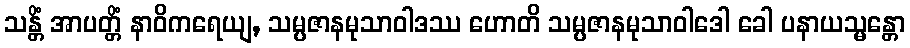
သန္တိံ အာပတ္တိံ နာဝိကရေယျ, သမ္ပဇာနမုသာဝါဒဿ ဟောတိ သမ္ပဇာနမုသာဝါဒေါ ခေါ ပနာယသ္မန္တော